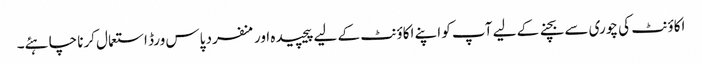
اکاؤنٹ کی چوری سے بچنے کے لیے آپ کو اپنے اکاؤنٹ کے لیے پیچیدہ اور منفرد پاس ورڈ استعمال کرنا چاہئے۔